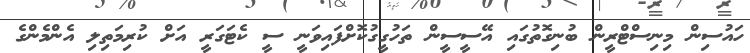
ހައުސިން މިނިސްޓްރީން ބުނިގޮތުގައި އޭސީސީން ތަހުގީގުކޮށްފައިވަނީ ސީ ކެޓަގަރީ އަށް ކުރިމަތިލި އެންމެންގެ